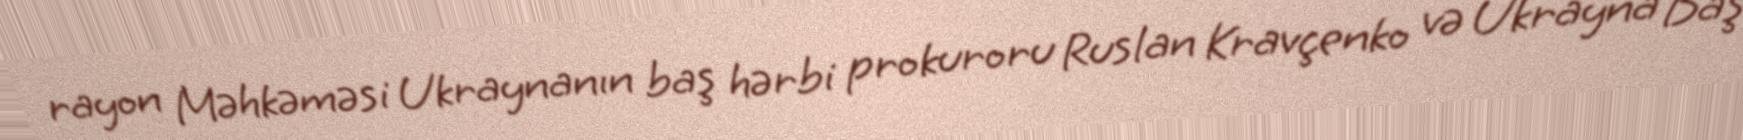
rayon Məhkəməsi Ukraynanın baş hərbi prokuroru Ruslan Kravçenko və Ukrayna Baş